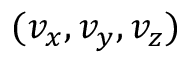
( v _ { x } , v _ { y } , v _ { z } )